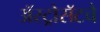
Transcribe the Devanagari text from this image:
ॲस्ट्रोसॅटचे